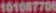
101087706